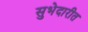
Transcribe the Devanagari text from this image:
सुभेदारीत